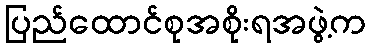
ပြည်ထောင်စုအစိုးရအဖွဲ့က